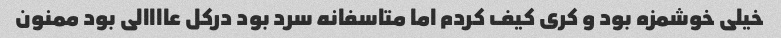
خیلی خوشمزه بود و کری کیف کردم اما متاسفانه سرد بود درکل عاااالی بود ممنون